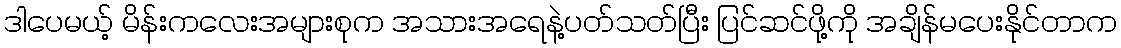
ဒါပေမယ့် မိန်းကလေးအများစုက အသားအရေနဲ့ပတ်သတ်ပြီး ပြင်ဆင်ဖို့ကို အချိန်မပေးနိုင်တာက